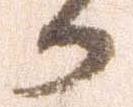
か